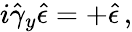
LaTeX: i\hat{\gamma}_{y}\hat{\epsilon}=+\hat{\epsilon}\, ,